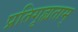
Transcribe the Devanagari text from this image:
प्रतिगृह्यताम्